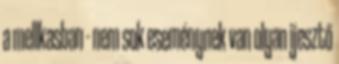
a mellkasban - nem sok eseménynek van olyan ijesztő